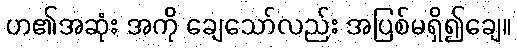
ဟ၏အဆုံး အကို ချေသော်လည်း အပြစ်မရှိ၍ချေ။